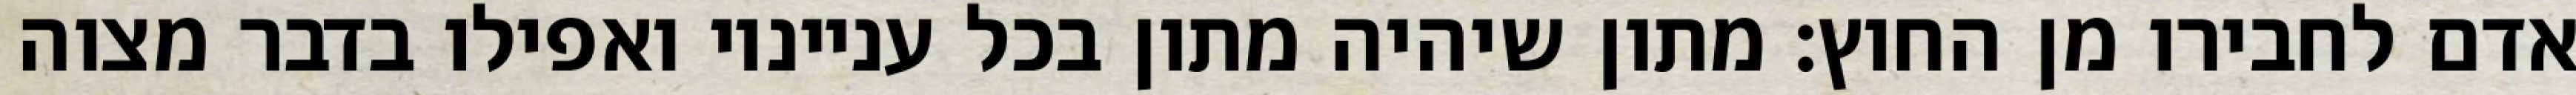
אדם לחבירו מן החוץ: מתון שיהיה מתון בכל ענייניו ואפילו בדבר מצוה